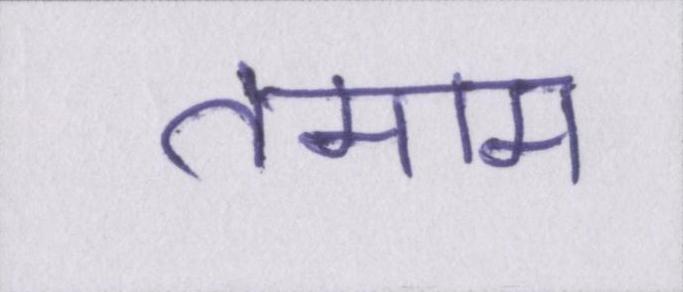
तमाम